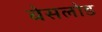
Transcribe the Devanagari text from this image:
बेसलोड